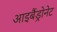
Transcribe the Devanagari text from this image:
आइबैंड्रोनेट